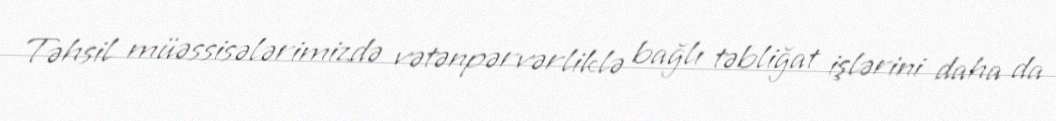
Təhsil müəssisələrimizdə vətənpərvərliklə bağlı təbliğat işlərini daha da